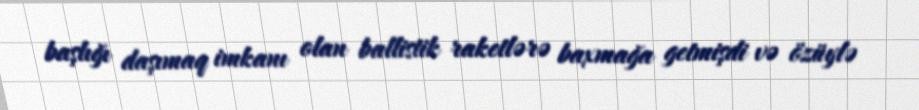
başlığı daşımaq imkanı olan ballistik raketlərə baxmağa getmişdi və özüylə